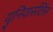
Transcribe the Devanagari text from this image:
युनिवार्सलिस